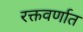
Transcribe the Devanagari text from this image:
रक्तवर्णात